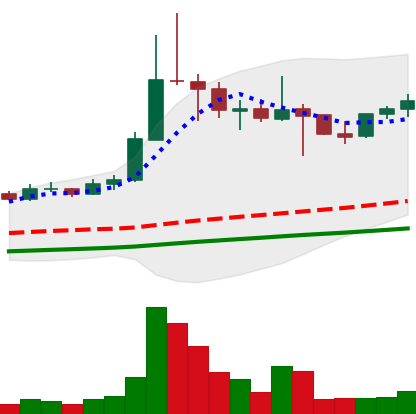
Ticker: ETC-USD
Chart end date: 2021-04-28
Forward return: 48.679%
Label: up_7plus